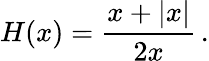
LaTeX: H(x)={\frac{x+|x|}{2x}}\, .